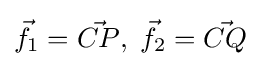
{\vec {f}}_{1}={\vec {CP}},\;{\vec {f}}_{2}={\vec {CQ}}